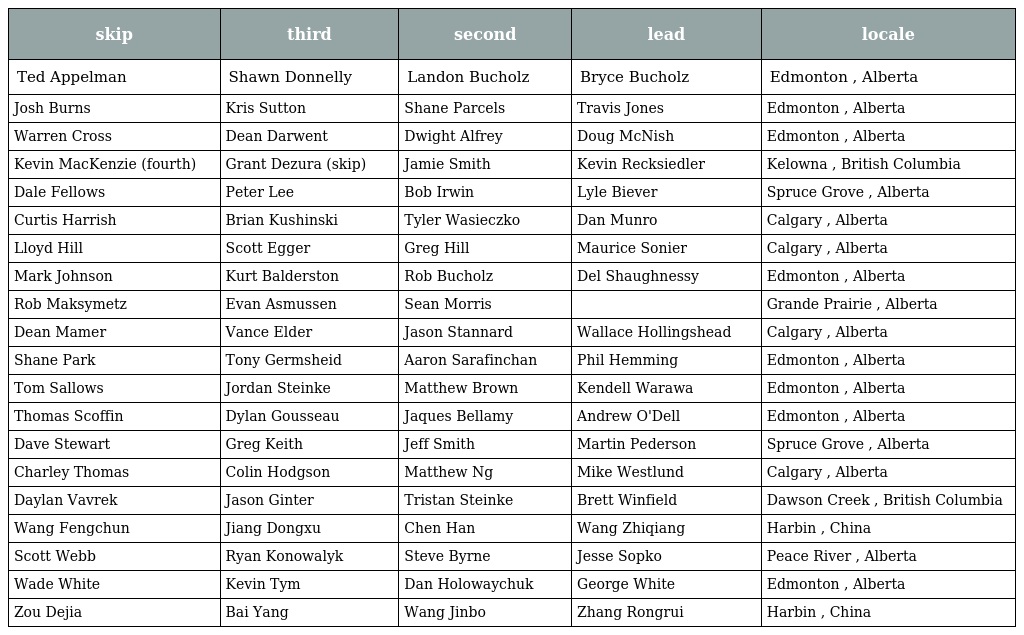
| skip | third | second | lead | locale |
 | --- | --- | --- | --- | --- |
 | Ted Appelman | Shawn Donnelly | Landon Bucholz | Bryce Bucholz | Edmonton , Alberta |
 | Josh Burns | Kris Sutton | Shane Parcels | Travis Jones | Edmonton , Alberta |
 | Warren Cross | Dean Darwent | Dwight Alfrey | Doug McNish | Edmonton , Alberta |
 | Kevin MacKenzie (fourth) | Grant Dezura (skip) | Jamie Smith | Kevin Recksiedler | Kelowna , British Columbia |
 | Dale Fellows | Peter Lee | Bob Irwin | Lyle Biever | Spruce Grove , Alberta |
 | Curtis Harrish | Brian Kushinski | Tyler Wasieczko | Dan Munro | Calgary , Alberta |
 | Lloyd Hill | Scott Egger | Greg Hill | Maurice Sonier | Calgary , Alberta |
 | Mark Johnson | Kurt Balderston | Rob Bucholz | Del Shaughnessy | Edmonton , Alberta |
 | Rob Maksymetz | Evan Asmussen | Sean Morris |  | Grande Prairie , Alberta |
 | Dean Mamer | Vance Elder | Jason Stannard | Wallace Hollingshead | Calgary , Alberta |
 | Shane Park | Tony Germsheid | Aaron Sarafinchan | Phil Hemming | Edmonton , Alberta |
 | Tom Sallows | Jordan Steinke | Matthew Brown | Kendell Warawa | Edmonton , Alberta |
 | Thomas Scoffin | Dylan Gousseau | Jaques Bellamy | Andrew O'Dell | Edmonton , Alberta |
 | Dave Stewart | Greg Keith | Jeff Smith | Martin Pederson | Spruce Grove , Alberta |
 | Charley Thomas | Colin Hodgson | Matthew Ng | Mike Westlund | Calgary , Alberta |
 | Daylan Vavrek | Jason Ginter | Tristan Steinke | Brett Winfield | Dawson Creek , British Columbia |
 | Wang Fengchun | Jiang Dongxu | Chen Han | Wang Zhiqiang | Harbin , China |
 | Scott Webb | Ryan Konowalyk | Steve Byrne | Jesse Sopko | Peace River , Alberta |
 | Wade White | Kevin Tym | Dan Holowaychuk | George White | Edmonton , Alberta |
 | Zou Dejia | Bai Yang | Wang Jinbo | Zhang Rongrui | Harbin , China |